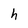
Character: h